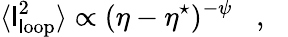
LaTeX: \langle\mathsf{l}_{\mathrm{{\mathsf{l}oop}}}^{2}\rangle\propto(\eta-\eta^{\star})^{-\psi}\, \, \, \, \, ,\, \, \, \, \,